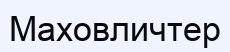
Маховличтер